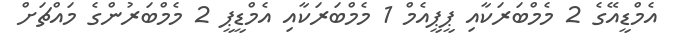
އެމްޑީއޭގެ 2 މެމްބަރަކާއި ޕީޕީއެމް 1 މެމްބަރަކާއި އެމްޑީޕީ 2 މެމްބަރުންގެ މައްޗަށް